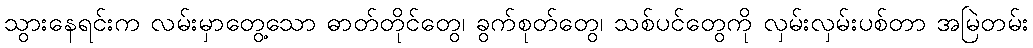
သွားနေရင်းက လမ်းမှာတွေ့သော ဓာတ်တိုင်တွေ၊ ခွက်စုတ်တွေ၊ သစ်ပင်တွေကို လှမ်းလှမ်းပစ်တာ အမြဲတမ်း